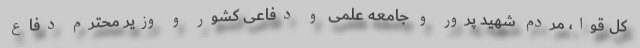
کل قوا، مردم شهید پرور و جامعه علمی و دفاعی کشور و وزیر محترم دفاع